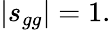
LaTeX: \left\vert s_{gg}\right\vert=1.